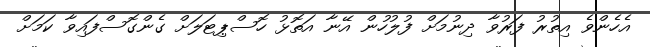
އެހެންވެ އިތުރު ފަރުވާ ދިނުމަށް ފުލުހުން އޭނާ އަތޮޅު ހޮސްޕިޓަލަށް ގެންގޮސްފައިވާ ކަމަށް